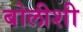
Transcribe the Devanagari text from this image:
बोलीशी